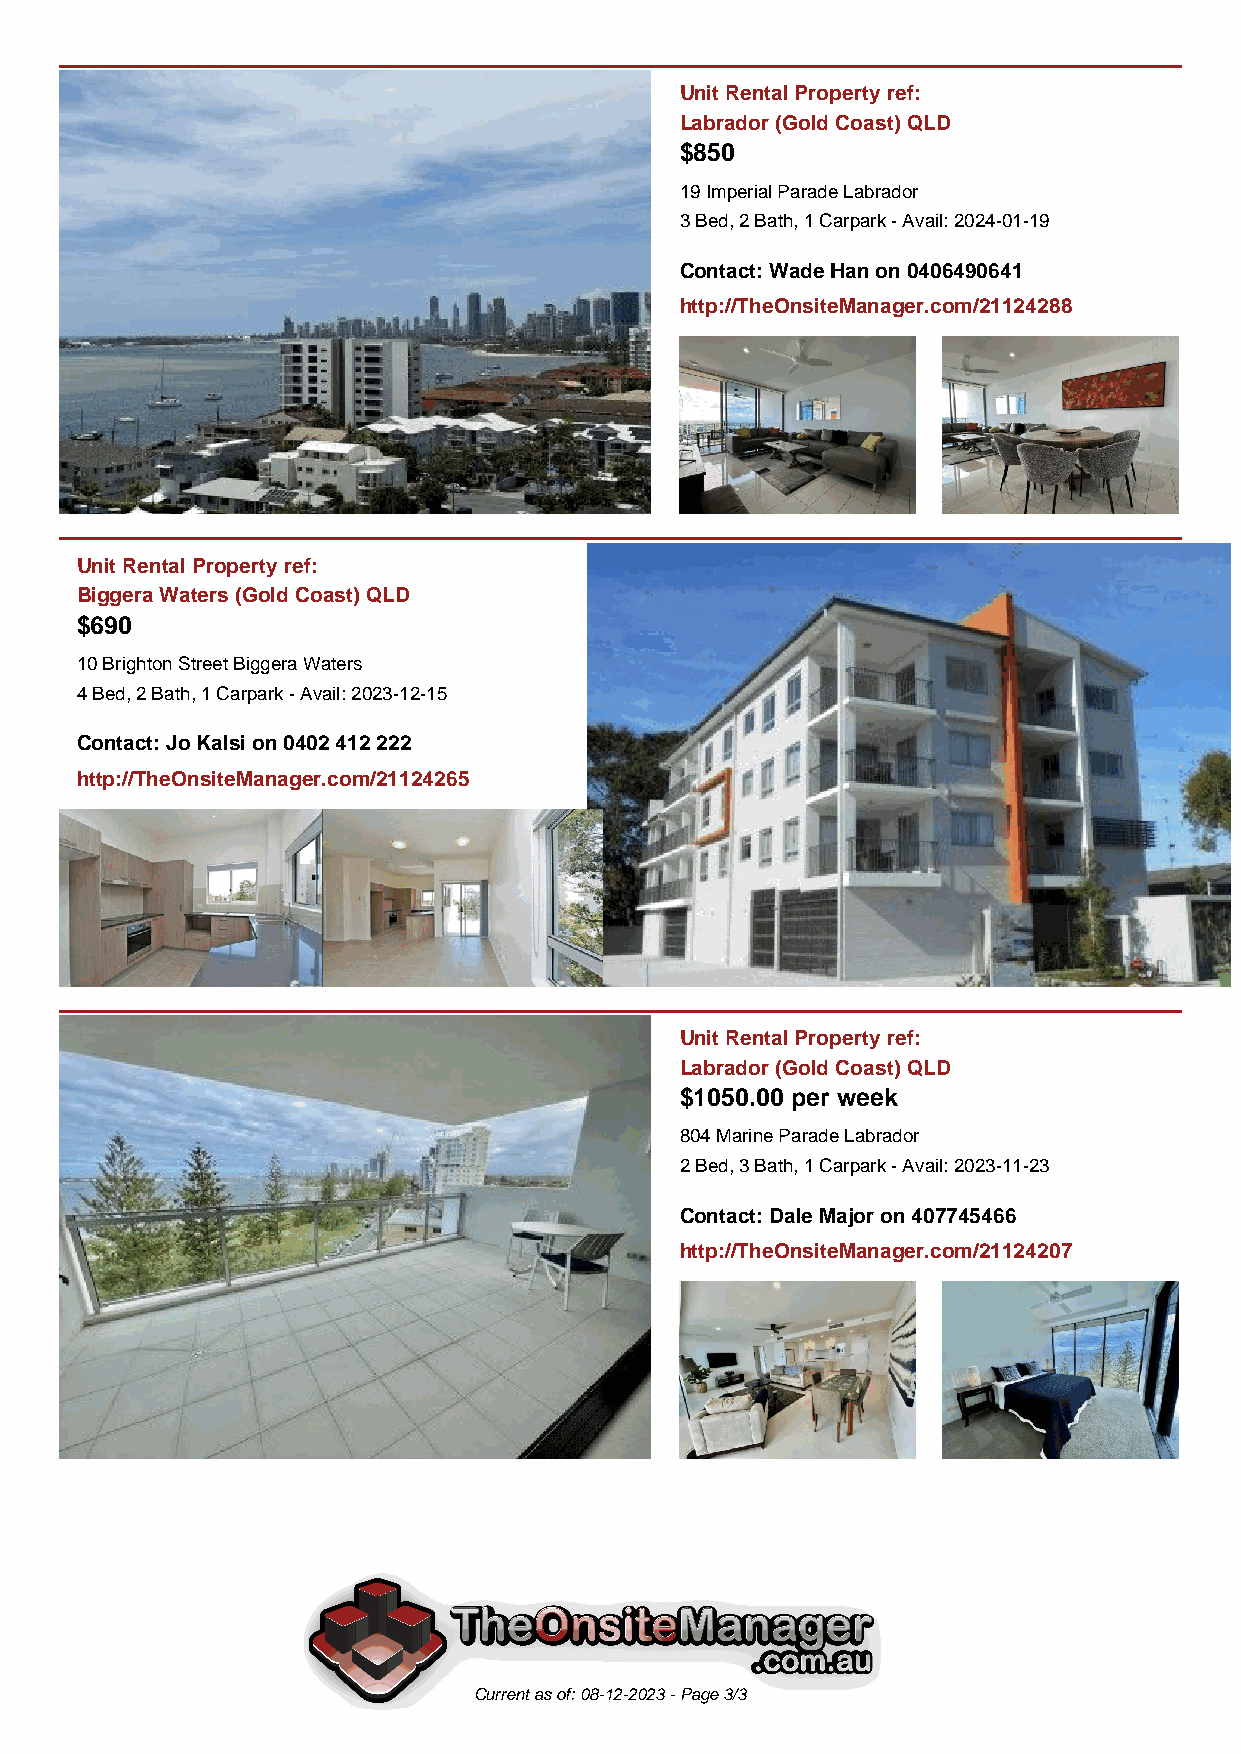
Unit Rental Property ref:
 Labrador (Gold Coast) QLD
 $850
 19 Imperial Parade Labrador
 3 Bed, 2 Bath, 1 Carpark - Avail: 2024-01-19
 Contact: Wade Han on 0406490641
 http://TheOnsiteManager.com/21124288
 Unit Rental Property ref:
 Biggera Waters (Gold Coast) QLD
 $690
 10 Brighton Street Biggera Waters
 4 Bed, 2 Bath, 1 Carpark - Avail: 2023-12-15
 Contact: Jo Kalsi on 0402 412 222
 http://TheOnsiteManager.com/21124265
 Unit Rental Property ref:
 Labrador (Gold Coast) QLD
 $1050.00 per week
 804 Marine Parade Labrador
 2 Bed, 3 Bath, 1 Carpark - Avail: 2023-11-23
 Contact: Dale Major on 407745466
 http://TheOnsiteManager.com/21124207
 Current as of: 08-12-2023 - Page 3/3